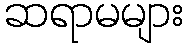
ဆရာမများ